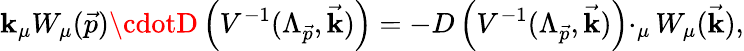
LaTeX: \mathbf{k}_{\mu}W_{\mu}(\vec{{p}})\cdotD\left(V^{-1}(\Lambda_{\vec{{p}}},\vec{{\mathbf{k}}})\right)=-D\left(V^{-1}(\Lambda_{\vec{{p}}},\vec{{\mathbf{k}}})\right)\cdotp_{\mu}W_{\mu}(\vec{{\mathbf{k}}}),